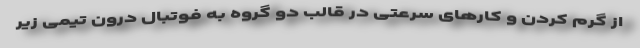
از گرم کردن و کارهای سرعتی در قالب دو گروه به فوتبال درون تیمی زیر